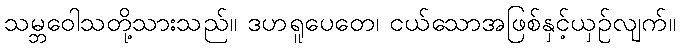
သမ္ဘဝေါသတို့သားသည်။ ဒဟရူပေတေ၊ ငယ်သောအဖြစ်နှင့်ယှဉ်လျက်။